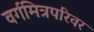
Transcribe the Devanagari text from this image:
वर्गमित्रपरिवर